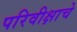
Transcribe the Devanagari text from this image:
परिवीक्षाचे